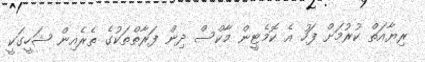
ރިޔާއަތް ކުރުމަށް ފަހު އެ ކޮމެޓީން މާކްސް ދިން ފަރާތްތަކުގެ ތެރެއިން ޝަހީގަކީ